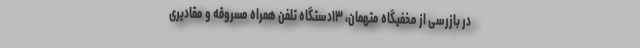
در بازرسی از مخفیگاه متهمان، ۱۳دستگاه تلفن همراه مسروقه و مقادیری